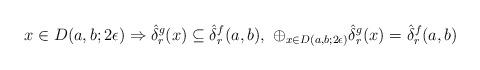
LaTeX: \begin{align*}x\in D(a,b;2\epsilon)\Rightarrow \hat \delta^g_r(x)\subseteq \hat \delta ^f_r(a,b), \ \oplus_{x\in D(a,b;2\epsilon)}\hat \delta^g_r(x)= \hat \delta ^f_r(a,b) \end{align*}